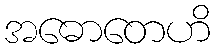
အဓောတေဟိ